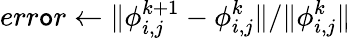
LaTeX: err\mathtt{o}r\leftarrow\| \phi_{i,j}^{k+1}-\phi_{i,j}^{k}\| /\| \phi_{i,j}^{k}\|